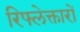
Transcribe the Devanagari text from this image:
रिफ्लेक्तारों